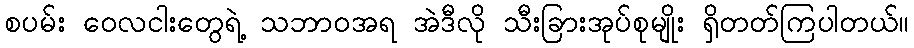
စပမ်း ဝေလငါးတွေရဲ့ သဘာဝအရ အဲဒီလို သီးခြားအုပ်စုမျိုး ရှိတတ်ကြပါတယ်။